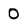
Character: 0